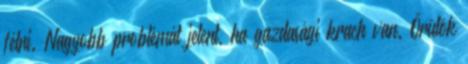
félni. Nagyobb problémát jelent, ha gazdasági krach van. Örülök